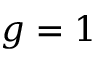
g = 1